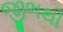
જીભથી